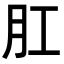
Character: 肛